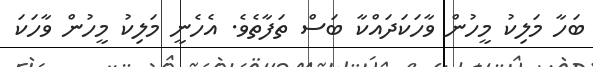
ބަހާ މަލިކު މީހުން ވާހަކަދައްކާ ބަސް ތަފާތެވެ. އެހެނީ މަލިކު މީހުން ވާހަކަ